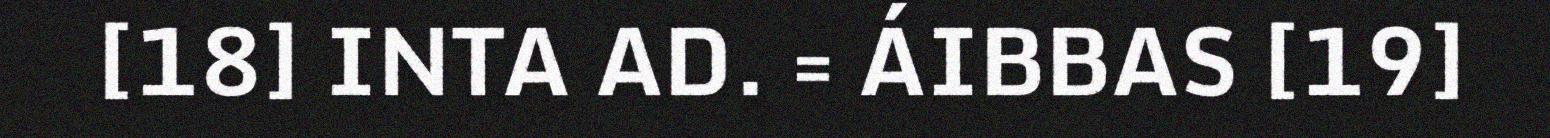
[18] INTA AD. = ÁIBBAS [19]